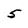
Character: 5